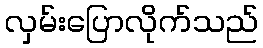
လှမ်းပြောလိုက်သည်